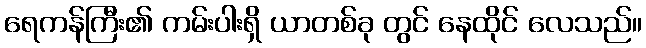
ရေကန်ကြီး၏ ကမ်းပါးရှိ ယာတစ်ခု တွင် နေထိုင် လေသည်။